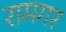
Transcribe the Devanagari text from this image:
रामगर